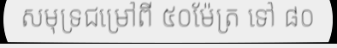
សមុទ្រជម្រៅពី ៥០ម៉ែត្រ ទៅ ៨០